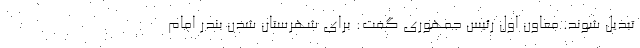
تبدیل شوند. معاون اول رئیس جمهوری گفت: برای شهرستان شدن بندر امام